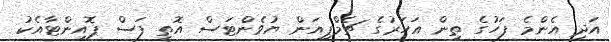
އަދި އެންމެ ފަހުގެ ތިން އަހަރުގެ ޗެމްޕިއަން ޔުވެންޓަސް އޮތީ ފަސް ޕޮއިންޓާއެކު